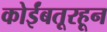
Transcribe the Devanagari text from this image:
कोईंबतूरहून